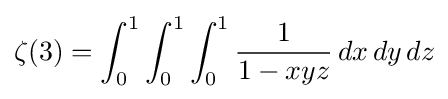
\zeta (3)=\int _{0}^{1}\int _{0}^{1}\int _{0}^{1}{\frac {1}{1-xyz}}\,dx\,dy\,dz